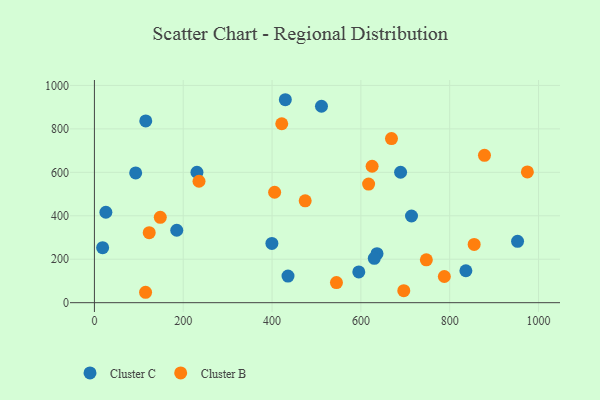
{"axis": {"x": "Speed", "y": "Fuel Efficiency"}, "legend": ["Cluster B", "Cluster C"], "data": [{"x": "836.4", "y": 147.0, "type": "Cluster C"}, {"x": "25.8", "y": 416.3, "type": "Cluster C"}, {"x": "230.9", "y": 600.4, "type": "Cluster C"}, {"x": "952.8", "y": 282.5, "type": "Cluster C"}, {"x": "511.3", "y": 904.2, "type": "Cluster C"}, {"x": "689.4", "y": 600.4, "type": "Cluster C"}, {"x": "185.4", "y": 333.4, "type": "Cluster C"}, {"x": "399.6", "y": 272.7, "type": "Cluster C"}, {"x": "636.3", "y": 225.4, "type": "Cluster C"}, {"x": "92.9", "y": 597.4, "type": "Cluster C"}, {"x": "18.5", "y": 253.0, "type": "Cluster C"}, {"x": "595.3", "y": 141.7, "type": "Cluster C"}, {"x": "714.0", "y": 399.0, "type": "Cluster C"}, {"x": "435.9", "y": 122.4, "type": "Cluster C"}, {"x": "630.2", "y": 204.2, "type": "Cluster C"}, {"x": "429.9", "y": 934.3, "type": "Cluster C"}, {"x": "115.6", "y": 836.7, "type": "Cluster C"}, {"x": "787.9", "y": 120.5, "type": "Cluster B"}, {"x": "668.9", "y": 755.4, "type": "Cluster B"}, {"x": "148.3", "y": 392.9, "type": "Cluster B"}, {"x": "974.9", "y": 601.8, "type": "Cluster B"}, {"x": "115.2", "y": 47.9, "type": "Cluster B"}, {"x": "878.3", "y": 678.4, "type": "Cluster B"}, {"x": "123.4", "y": 322.1, "type": "Cluster B"}, {"x": "696.6", "y": 55.2, "type": "Cluster B"}, {"x": "235.5", "y": 559.0, "type": "Cluster B"}, {"x": "405.8", "y": 508.4, "type": "Cluster B"}, {"x": "421.8", "y": 823.7, "type": "Cluster B"}, {"x": "545.0", "y": 92.6, "type": "Cluster B"}, {"x": "617.4", "y": 545.9, "type": "Cluster B"}, {"x": "747.4", "y": 197.2, "type": "Cluster B"}, {"x": "855.1", "y": 268.0, "type": "Cluster B"}, {"x": "625.3", "y": 628.0, "type": "Cluster B"}, {"x": "474.6", "y": 469.1, "type": "Cluster B"}]}